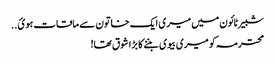
شبیر ٹائون میں میری ایک خاتون سے ماقات ہوئ..
محترمہ کو میری بیوی بننے کا بڑا شوق تھا!